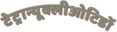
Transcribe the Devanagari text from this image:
टेट्रान्यूक्लीओटिडों